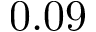
0 . 0 9